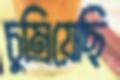
চুম্‌রিয়েছি